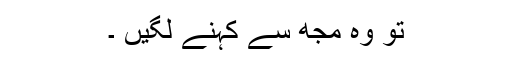
تو وہ مجھ سے کہنے لگیں ۔